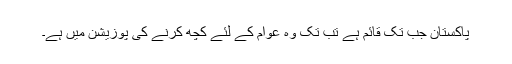
پاکستان جب تک قائم ہے تب تک وہ عوام کے لئے کچھ کرنے کی پوزیشن میں ہے۔